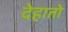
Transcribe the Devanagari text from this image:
देहातो